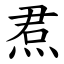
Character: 焄